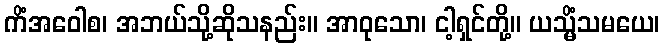
ကိံအဝေါစ၊ အဘယ်သို့ဆိုသနည်း။ အာဝုသော၊ ငါ့ရှင်တို့။ ယသ္မိံသမယေ၊